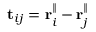
\mathbf t _ { i j } = \mathbf r _ { i } ^ { \parallel } - \mathbf r _ { j } ^ { \parallel }